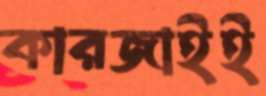
কারজাইই